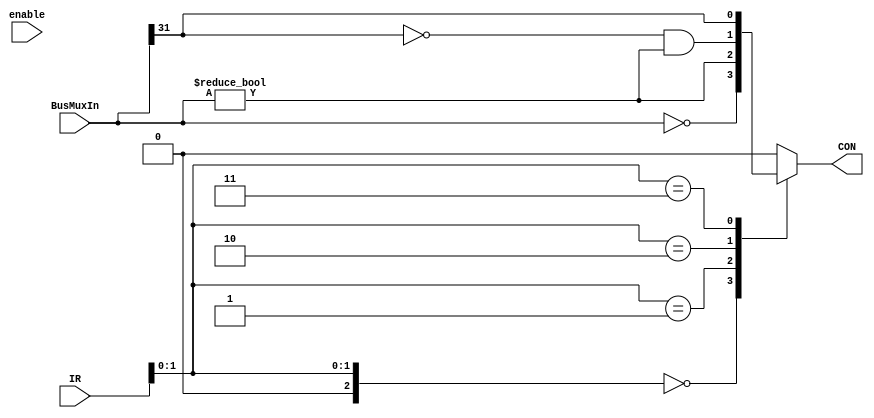
module con_ff(
	input wire[31:0] BusMuxIn, //needs to be connected to RA
	input wire[22:19] IR, 
	input wire enable,
	output reg CON
	);

	reg[2:0] c2 = {IR[20],IR[19]};
	always @(*) begin
    // Default condition if none of the cases match
    CON= 1'b0;
	 

    case (c2)
        2'b00: CON = (BusMuxIn == 32'b0);
        2'b01: CON = (BusMuxIn != 32'b0);
        2'b10: CON = (BusMuxIn[31] == 0) && (BusMuxIn != 32'b0);
        2'b11: CON= (BusMuxIn[31] == 1);
        default: CON = 1'b0; // Optional default case
    endcase
end
endmodule